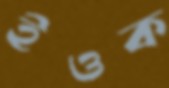
ইওক